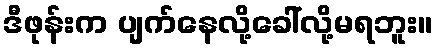
ဒီဖုန်းက ပျက်နေလို့ခေါ်လို့မရဘူး။